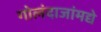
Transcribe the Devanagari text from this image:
गोलंदाजांमद्ये